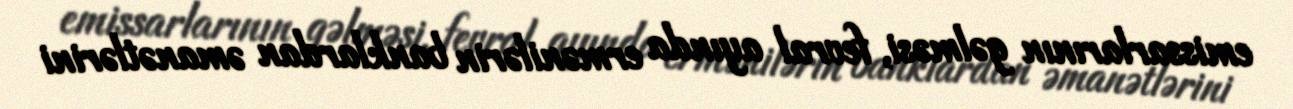
emissarlarının gəlməsi, fevral ayında ermənilərin banklardan əmanətlərini